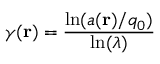
\gamma ( \mathbf { r } ) = \frac { \ln ( a ( \mathbf { r } ) / q _ { 0 } ) } { \ln ( \lambda ) }